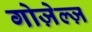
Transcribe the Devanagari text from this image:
गोज़ेल्ज़